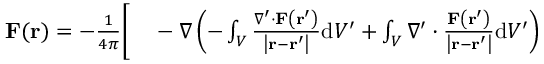
\begin{array} { r l } { \mathbf { F } ( \mathbf { r } ) = - { \frac { 1 } { 4 \pi } } { \bigg [ } } & { { } - \nabla \left( - \int _ { V } { \frac { \nabla ^ { \prime } \cdot \mathbf { F } \left( \mathbf { r } ^ { \prime } \right) } { \left| \mathbf { r } - \mathbf { r } ^ { \prime } \right| } } \mathrm { d } V ^ { \prime } + \int _ { V } \nabla ^ { \prime } \cdot { \frac { \mathbf { F } \left( \mathbf { r } ^ { \prime } \right) } { \left| \mathbf { r } - \mathbf { r } ^ { \prime } \right| } } \mathrm { d } V ^ { \prime } \right) } \end{array}